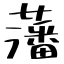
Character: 藩